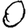
Digit: 0